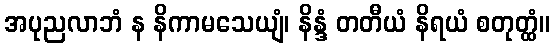
အပုညလာဘံ န နိကာမသေယျံ၊ နိန္ဒံ တတီယံ နိရယံ စတုတ္ထံ။